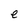
Character: e